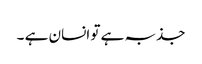
جذبہ ہے تو انسان ہے ۔